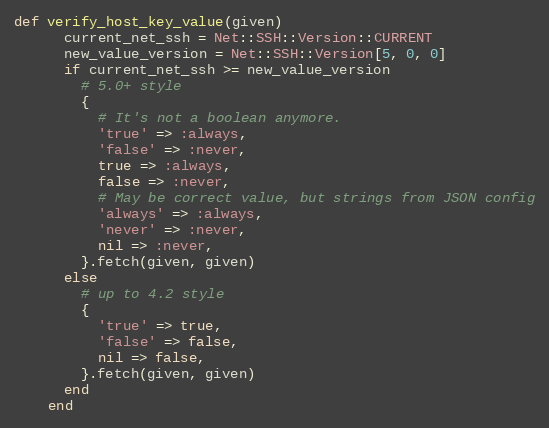
Language: Ruby
def verify_host_key_value(given)
      current_net_ssh = Net::SSH::Version::CURRENT
      new_value_version = Net::SSH::Version[5, 0, 0]
      if current_net_ssh >= new_value_version
        # 5.0+ style
        {
          # It's not a boolean anymore.
          'true' => :always,
          'false' => :never,
          true => :always,
          false => :never,
          # May be correct value, but strings from JSON config
          'always' => :always,
          'never' => :never,
          nil => :never,
        }.fetch(given, given)
      else
        # up to 4.2 style
        {
          'true' => true,
          'false' => false,
          nil => false,
        }.fetch(given, given)
      end
    end